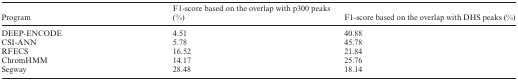
| Program | F1-score based on the overlap with p300 peaks (%) | F1-score based on the overlap with DHS peaks (%) |
 | --- | --- | --- |
 | DEEP-ENCODE | 4.51 | 40.88 |
 | CSI-ANN | 5.78 | 45.78 |
 | RFECS | 16.52 | 21.84 |
 | ChromHMM | 14.17 | 25.76 |
 | Segway | 28.48 | 18.14 |